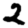
Digit: 2